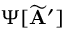
\Psi [ \widetilde { \bf A } ^ { \prime } ]